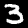
Label: 3